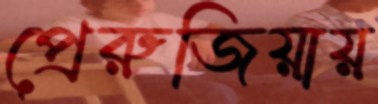
প্রেরুজিয়ায়